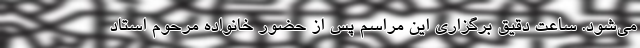
می‌شود. ساعت دقیق برگزاری این مراسم پس از حضور خانواده مرحوم استاد